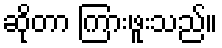
ဆိုတာ ကြားဖူးသည်။